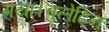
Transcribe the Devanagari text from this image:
गया।बुलेटिन